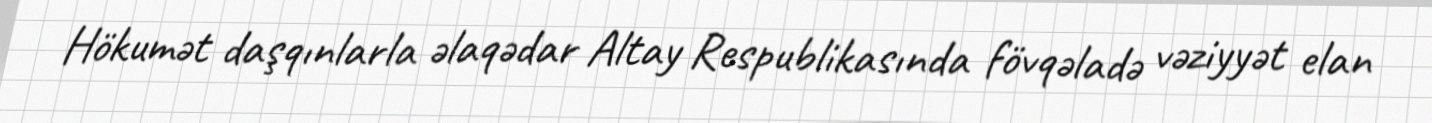
Hökumət daşqınlarla əlaqədar Altay Respublikasında fövqəladə vəziyyət elan